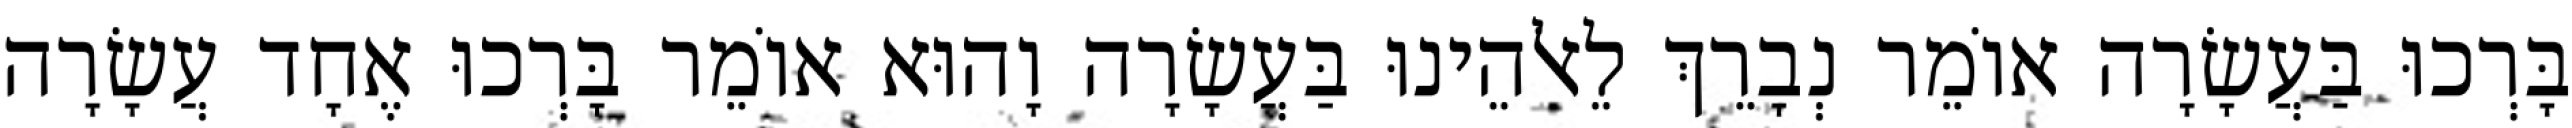
בָּרְכוּ בַּעֲשָׂרָה אוֹמֵר נְבָרֵךְ לֵאלֹהֵינוּ בַּעֲשָׂרָה וָהוּא אוֹמֵר בָּרְכוּ אֶחָד עֲשָׂרָה